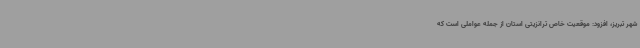
شهر تبریز، افزود: موقعیت خاص ترانزیتی استان از جمله عواملی است که